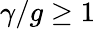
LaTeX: \gamma/g\geq 1